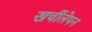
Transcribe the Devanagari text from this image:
खर्चीलेपन